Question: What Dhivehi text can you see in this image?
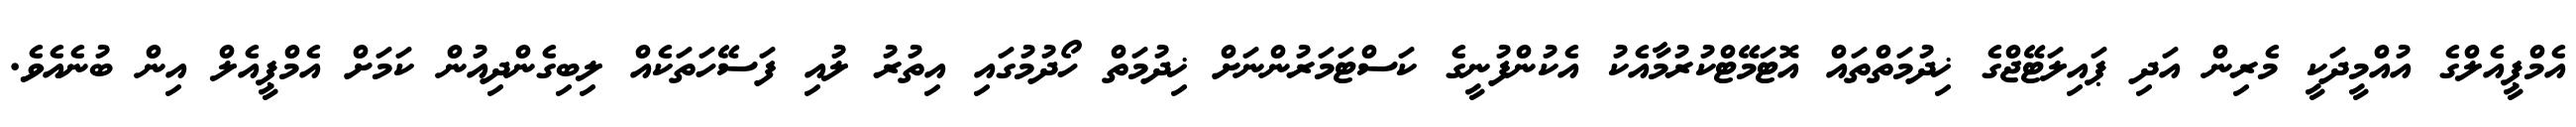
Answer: އެމްޕީއެލްގެ އުއްމީދަކީ މެރިން އަދި ޕައިލަޓޭޖްގެ ޚިދުމަތްތައް އޮޓަމޭޓްކުރުމާއެކު އެކުންފުނީގެ ކަސްޓަމަރުންނަށް ޚިދުމަތް ހޯދުމުގައި އިތުރު ލުއި ފަސޭހަތަކެއް ލިބިގެންދިއުން ކަމަށް އެމްޕީއެލް އިން ބުނެއެވެ.